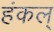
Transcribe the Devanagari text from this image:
हंकल्